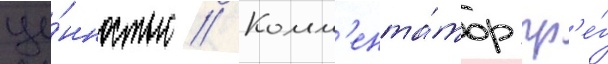
це́нностью // Комм'ента́тор гр'е́г